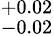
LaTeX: ^{+0.02}_{-0.02}